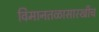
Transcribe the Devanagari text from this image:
विमानतळासारखीच